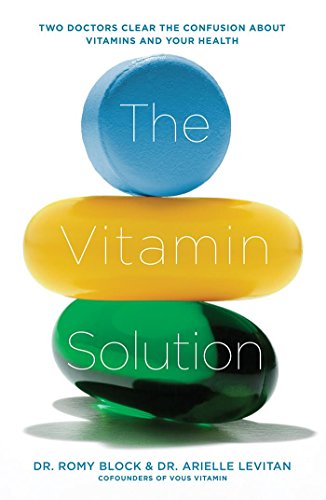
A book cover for The Vitamin Solution: Two Doctors Clear the Confusion about Vitamins and Your Health; Dr. Romy Block; Health, Fitness & Dieting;